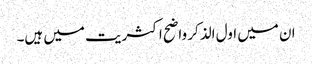
ان میں اول الذکر واضح اکثریت میں ہیں۔